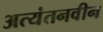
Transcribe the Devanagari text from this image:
अत्यंतनवीन